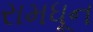
રામધૂન